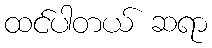
ထင်ပါတယ် ဆရာ